Scottish Leaving Certificate Examination, 1957
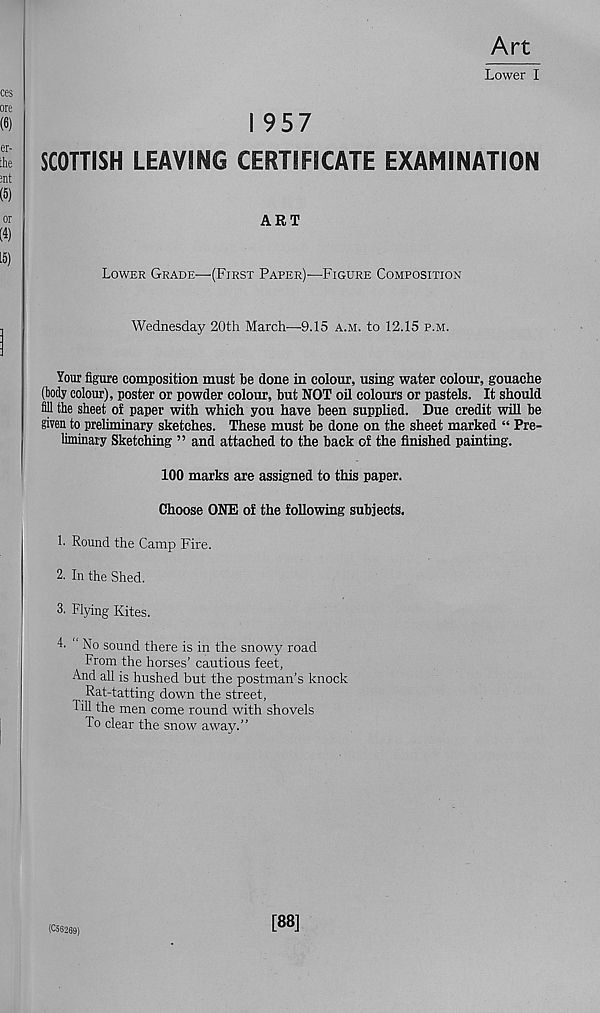
Art
Lower I
I 957
SCOTTISH LEAVING CERTIFICATE EXAMINATION
ART
Lower Grade—(First Paper)—Figure Composition
Wednesday 20th March—{US a.m. to 12.15 p.m.
Your figure composition must be done in colour, using water colour, gouache
(body colour), poster or powder colour, but NOT oil colours or pastels. It should
fill the sheet of paper with which you have been supplied. Due credit will be
given to preliminary sketches. These must be done on the sheet marked “ Pre-
liminary Sketching ” and attached to the back of the finished painting.
100 marks are assigned to this paper.
Choose ONE of the following subjects.
1. Round the Camp Fire.
2. In the Shed.
3. Flying Kites.
4. No sound there is in the snowy road
From the horses’ cautious feet,
And all is hushed but the postman’s knock
Rat-tatting down the street,
Till the men come round with shovels
To clear the snow away.”
(C5S269)
[88]